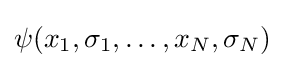
\psi (x_{1},\sigma _{1},\dots ,x_{N},\sigma _{N})